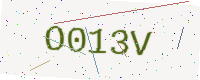
Text: O013V